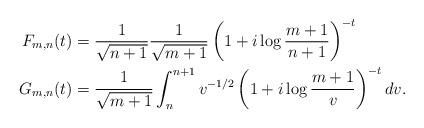
LaTeX: \begin{align*}F_{m,n}(t) &= \frac{1}{\sqrt{n+1}} \frac{1}{\sqrt{m+1}} \left(1+i\log\frac{m+1}{n+1}\right)^{-t} \\G_{m,n}(t) &= \frac{1}{\sqrt{m+1}} \int_n^{n+1} v^{-1/2} \left(1+i\log\frac{m+1}{v}\right)^{-t} dv.\end{align*}